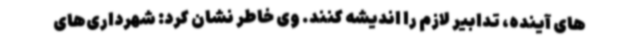
های آینده، تدابیر لازم را اندیشه کنند. وی خاطر نشان کرد: شهرداری‌های